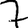
Digit: 7